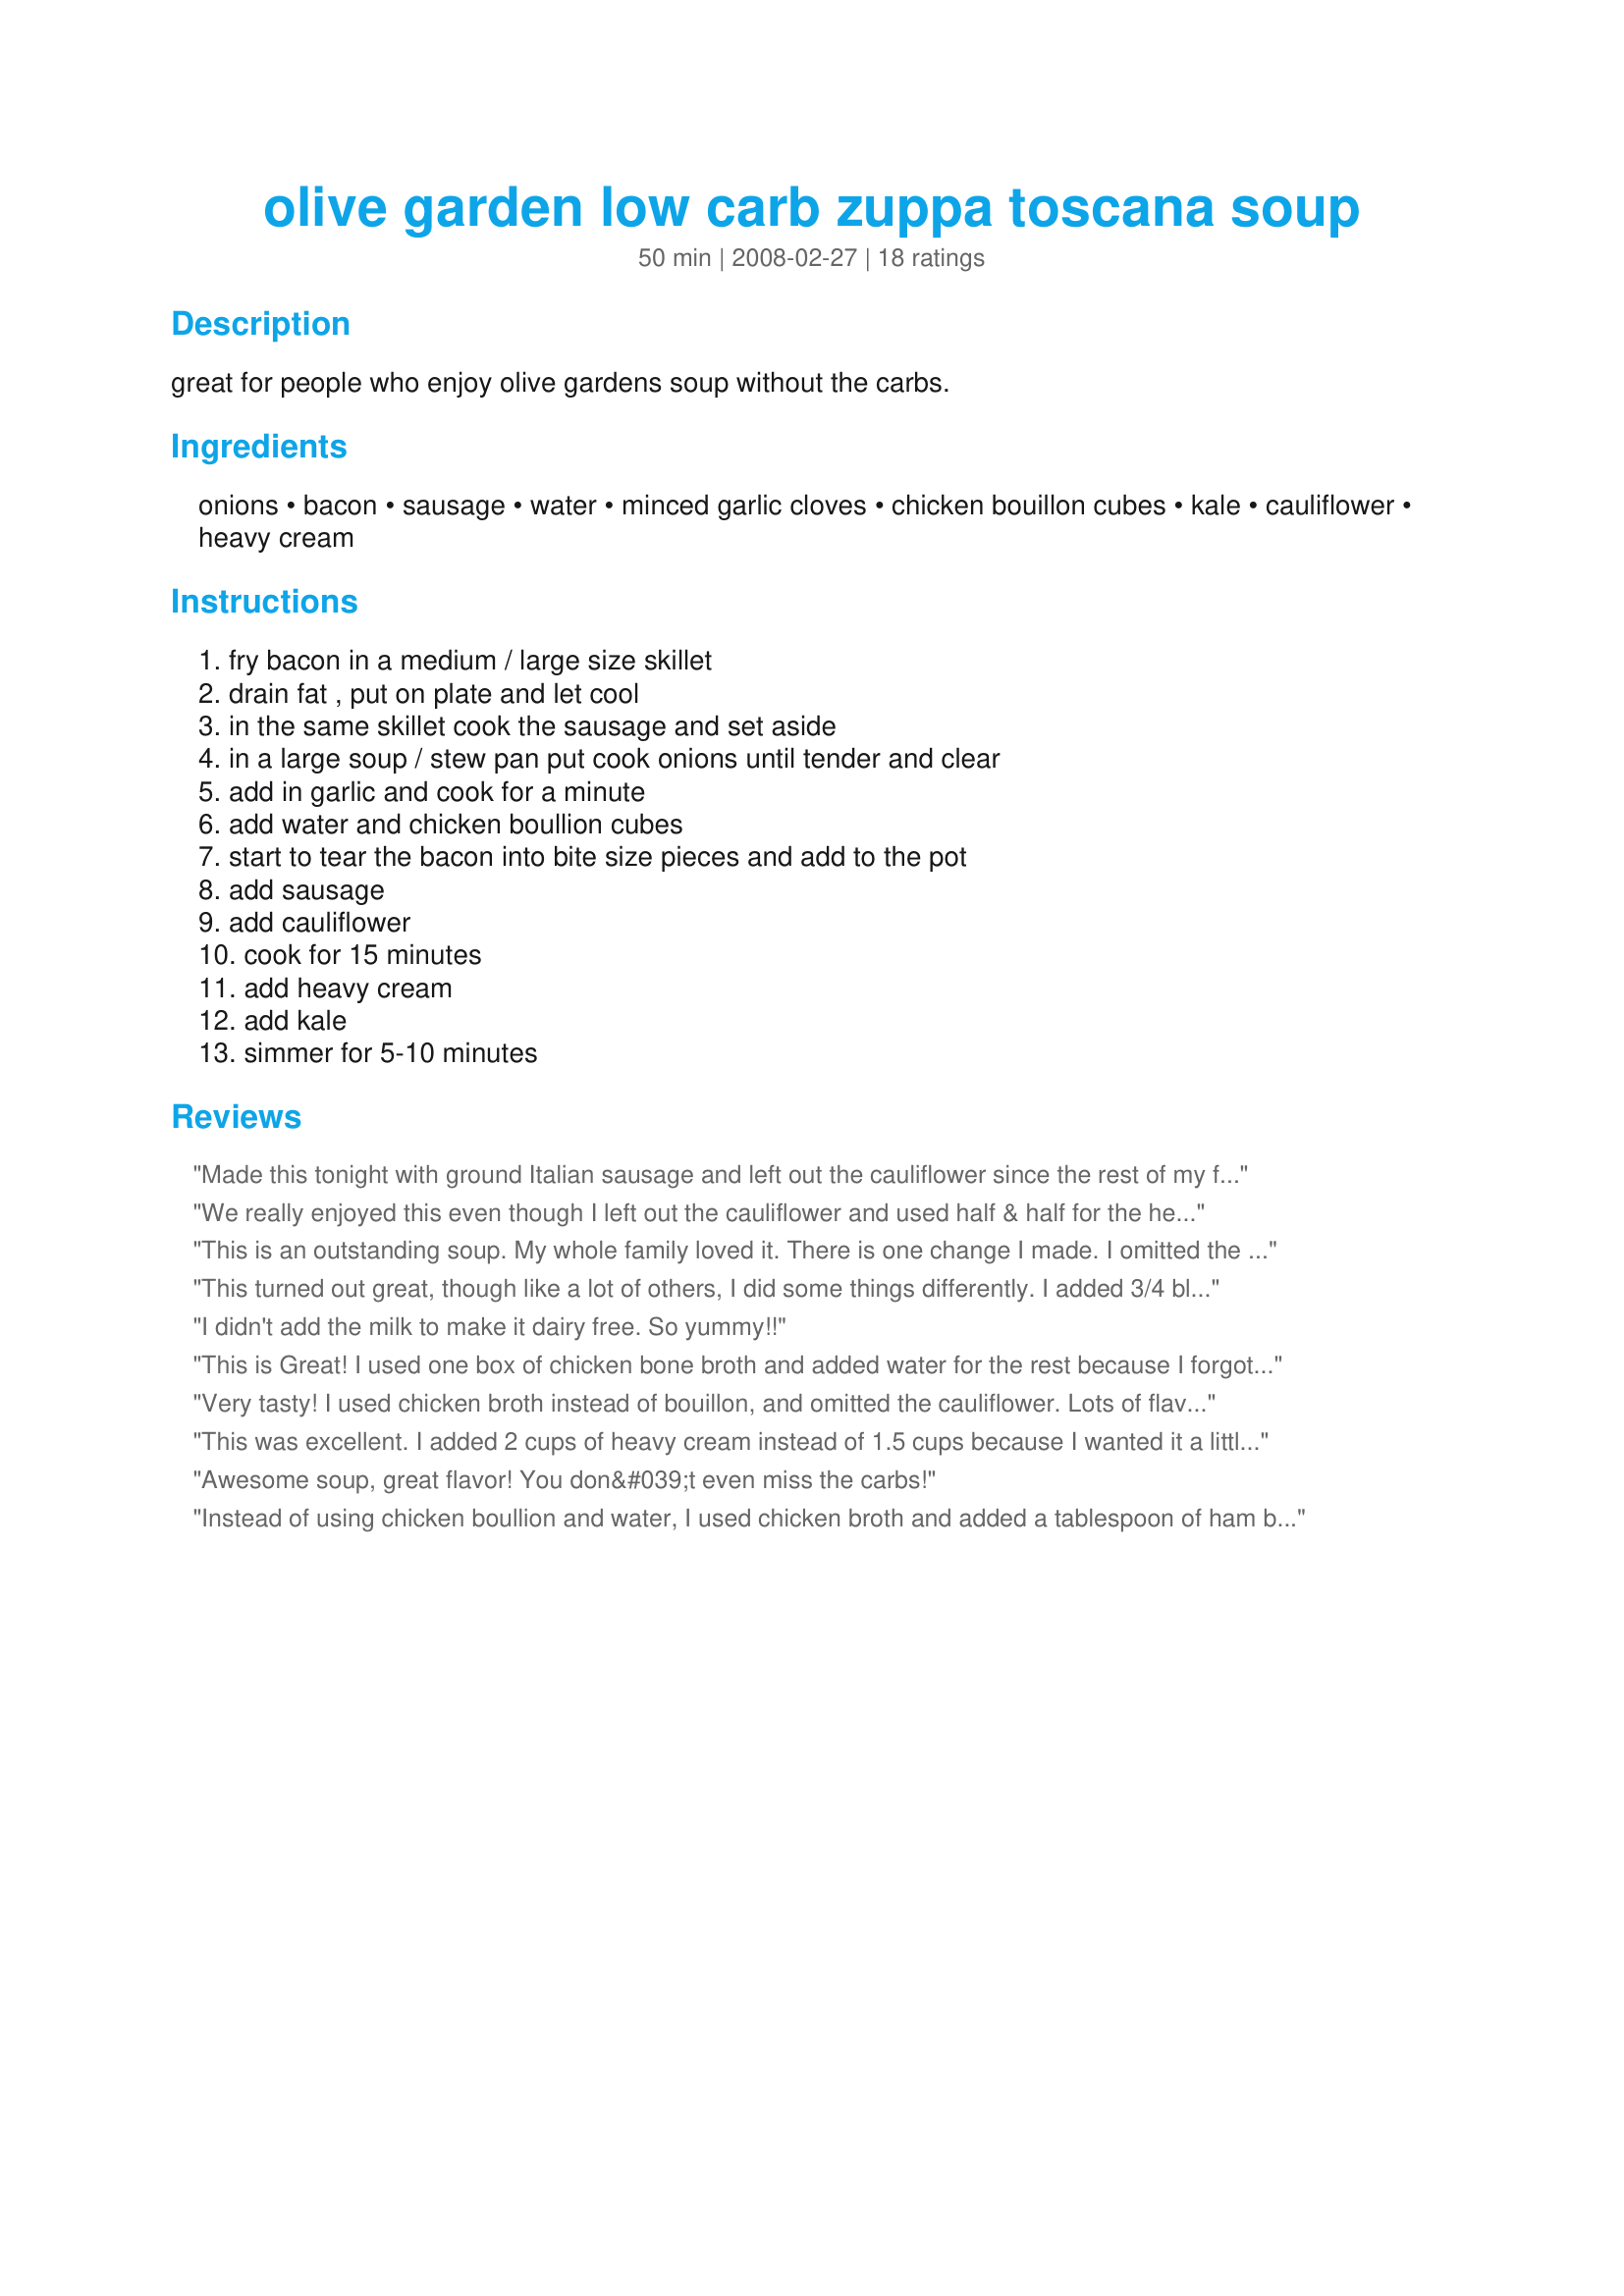
olive garden low carb zuppa toscana soup
Preparation time: 50 minutes

great for people who enjoy olive gardens soup without the carbs.

Ingredients:
onions, bacon, sausage, water, minced garlic cloves, chicken bouillon cubes, kale, cauliflower, heavy cream

Steps:
fry bacon in a medium / large size skillet, drain fat , put on plate and let cool, in the same skillet cook the sausage and set aside, in a large soup / stew pan put cook onions until tender and clear, add in garlic and cook for a minute, add water and chicken boullion cubes, start to tear the bacon into bite size pieces and add to the pot, add sausage, add cauliflower, cook for 15 minutes, add heavy cream, add kale, simmer for 5-10 minutes

Reviews:
Made this tonight with ground Italian sausage and left out the cauliflower since the rest of my family doesn&#039;t like it. I did add a little extra kale to make up the bulk from the missing cauliflower. Excellent! Everyone loved it and it made plenty for lunch the next day
We really enjoyed this even though I left out the cauliflower and used half & half for the heavy cream. I probably used more kale too as I didn't want to waste any and we love it. I used chicken broth instead of the water and bouillon as a personal preference. Very good and one we really enjoyed and will make again. Thanks for sharing. Made for the "Love Train" 2011
This is an outstanding soup. My
whole family loved it. There is
one change I made. I omitted
the cauliflower. I cooked it
both ways and we all liked the
soup better without the cauli-
flower.
ancho3
This turned out great, though like a lot of others, I did some things differently. I added 3/4 block of Philadelphia cream cheese. I've been low carb for over a year now. Cream cheese is a staple in my diet and I new that it would thicken this soup and take it to a new level. I was so right. My cauliflower was spoiled so I had to omit. I used 2 quarts of chicken stock instead of the water and bouillon and added some chicken base. Finally, I also cut up and added some left over rotisserie chicken. I know you're probably thinking that after all these tweaks, it's not the same recipe, but it tastes amazing.
I didn't add the milk to make it dairy free. So yummy!!
This is Great! I used one box of chicken bone broth and added water for the rest because I forgot to read and bought only one lol. I bought Bob Evans hot zesty sausage. It was all delicious. I would add a photo but don't want to connect my GB.
Very tasty! I used chicken broth instead of bouillon, and omitted the cauliflower. Lots of flavor ?&nbsp;I&#039;ll definitely make this again!
This was excellent. I added 2 cups of heavy cream instead of 1.5 cups because I wanted it a little richer. Instead of bouillon cubes I used chicken soup base. I used Bob Evans hot and spicy which is spicy, like the soup you get in the restaurant but it left an orangish oil slick on top of the soup which I'll remove when it's chilled down. Next time I will use regular Bob Evans sausage and some red pepper flakes. I'll also cut the recipe in half, makes a lot for a single person. Thanks for sharing this great recipe.
Awesome soup, great flavor! You don&#039;t even miss the carbs!
Instead of using chicken boullion and water, I used chicken broth and added a tablespoon of ham base. This is too good to describe!!! I will be making this again and again!!!!
We had this for dinner tonight. The whole family loved it! It has been hard to make the switch to low-carb, but this soup made tonight's dinner acceptable to all. You should definitely try it!
Like Janice Z I also added 1/2 block cream cheese but did use the cauliflower as I love it. Funny I never liked this stuff till I started doing LC/Keto. It was wonderful! Also easy... made it over lunchtime. :)
A friend of mine was telling me about this soup and she told me how to make it. I wanted to see if I was doing it right so I did a search and found this page. Mine looked identical to the picture so I must have. THIS IS AWESOME STUFF!! A tiny bit on the salty side, so next time I will get low sodium bouillon. It is cold tonight and this soup hit the spot. My new favorite! Love Love Love!
I love this soup! I changed the method by putting everything in a slow cooker after browning as directed except for the cream. I used frozen cauliflower and frozen kale, so I cut back on the water by about a cup. I only had mild sausage so I added some pepper flakes while browning. I don't know why, but I expected chowder thickness. This is thin, but tasty and hardy. I'll definitely make this again. Thanks for sharing.
So good! My husband doesn't like cauliflower, loved it.
I let it simmer for much longer to allow it to thicken up a bit and only used 1 cup of heavy cream. Good flavor. I'm sure will make it again.
This was sooo tasty!! By far the best low carb recipe I've made yet. Here are the nutrition facts I came up with after inputting in My Fitness Pal.. making about 6 generous servings. I think next time I'll try it with bone broth or chicken stock, rather than bullion cubes. I don't normally love cauliflower (especially the smell when it cooks) however this was a fantastic replacement for potatoes. Even the significant other appreciated a tasty, low carb option, where he isn't normally low carb at all. Nutrition Facts Servings 6.0 Amount Per Serving calories 675 % Daily Value * Total Fat 55 g 85 % Saturated Fat 26 g 131 % Monounsaturated Fat 16 g Polyunsaturated Fat 4 g Trans Fat 0 g Cholesterol 167 mg 56 % Sodium 1972 mg 82 % Potassium 539 mg 15 % Total Carbohydrate 13 g 4 % Dietary Fiber 3 g 12 % Sugars 6 g Protein 31 g 62 % Vitamin A 107 % Vitamin C 147 % Calcium 15 % Iron 16 %
Taste exactly like Olive Garden. It is wonderful!
